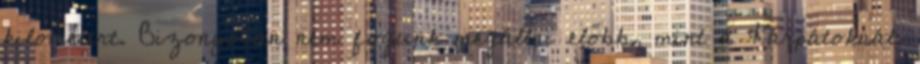
kilométert. Bizonyosan nem fogunk megállni előbb, mint a Kárpátoknál.